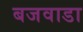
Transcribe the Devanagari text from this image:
बजवाडा